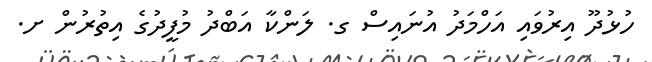
ހުޅުދޫ އިރުވައި އަހްމަދު އުނައިސް ގ. ލަންކާ އަބްދު މުފީދުގެ އިތުރުން ށ.